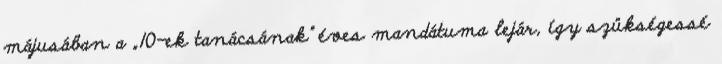
májusában a „10-ek tanácsának” éves mandátuma lejár, így szükségessé